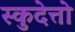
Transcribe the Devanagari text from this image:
स्कुदेत्तो